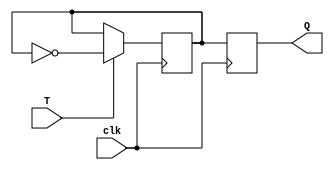
module master_slave_Tff(
    input wire T,
    input wire clk,
    output reg Q
);

reg Q1, Q2;

always @(posedge clk) begin
    if(T) begin
        Q1 <= ~Q1;
    end
end

always @(posedge clk) begin
    Q2 <= Q1;
end

assign Q = Q2;

endmodule